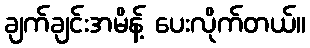
ချက်ချင်းအမိန့် ပေးလိုက်တယ်။